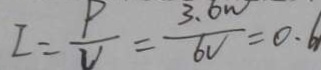
I = \frac { P } { V } = \frac { 3 . 6 W } { 6 V } = 0 . 6